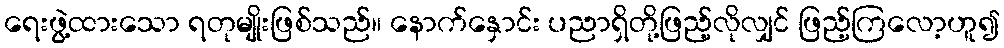
ရေးဖွဲ့ထားသော ရတုမျိုးဖြစ်သည်။ နောက်နှောင်း ပညာရှိတို့ဖြည့်လိုလျှင် ဖြည့်ကြလော့ဟူ၍